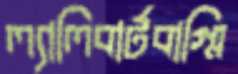
ল্যালিবার্টবাগ্মি